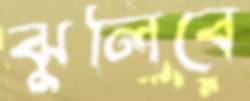
ঝুলিবে